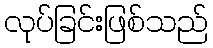
လုပ်ခြင်းဖြစ်သည်